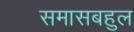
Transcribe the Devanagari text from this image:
समासबहुल